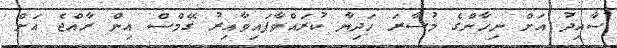
ސާއިދު އަށް ނިހާންގެ މުސާރަ ހަދިޔާ ކުރައްވާފައިވާއިރު ގޭމްސް އިން ރާއްޖެ އަށް